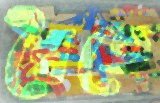
দ্বৈতে